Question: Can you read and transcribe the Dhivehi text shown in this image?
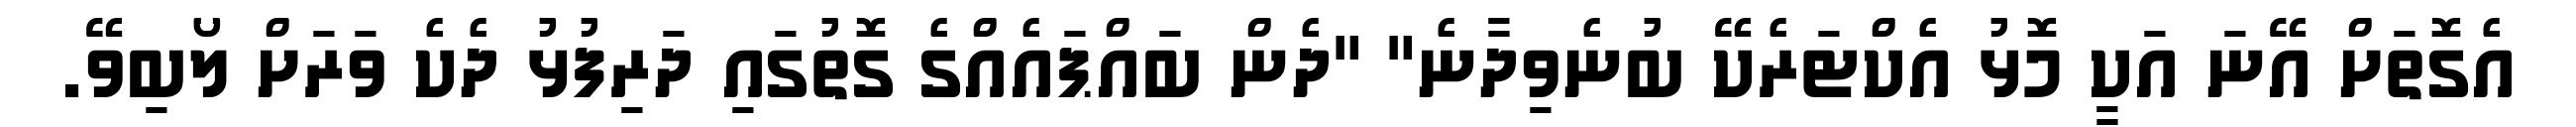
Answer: އެގޮތަށް އޭނަ އަކީ މޮޅު އެކްޓަރެކޭ ބުނެވިދާނެ" "ދެން ބައްޕައެއްގެ ގޮތުގައި ދަރިފުޅު ދެކެ ވަރަށް ލޯބިވޭ.